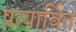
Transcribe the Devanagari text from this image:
प्रत्यार्वित